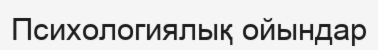
Психологиялық ойындар